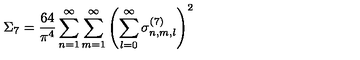
\Sigma _ { 7 } = \frac { 6 4 } { \pi ^ { 4 } } \sum _ { n = 1 } ^ { \infty } \sum _ { m = 1 } ^ { \infty } \left( \sum _ { l = 0 } ^ { \infty } \sigma _ { n , m , l } ^ { ( 7 ) } \right) ^ { 2 }